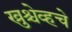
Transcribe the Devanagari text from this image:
ख्रुश्चेव्हचे